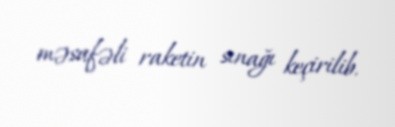
məsafəli raketin sınağı keçirilib.